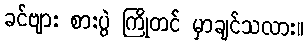
ခင်ဗျား စားပွဲ ကြိုတင် မှာချင်သလား။